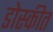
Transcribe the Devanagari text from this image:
डोस्कीत